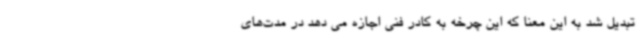
تبدیل شد به این معنا که این چرخه به کادر فنی اجازه می دهد در مدت‌های